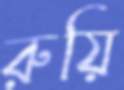
রুয়ি